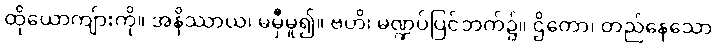
ထိုယောကျ်ားကို။ အနိဿာယ၊ မမှီမူ၍။ ဗဟိ၊ မဏ္ဍပ်ပြင်ဘက်၌။ ဌိတော၊ တည်နေသော